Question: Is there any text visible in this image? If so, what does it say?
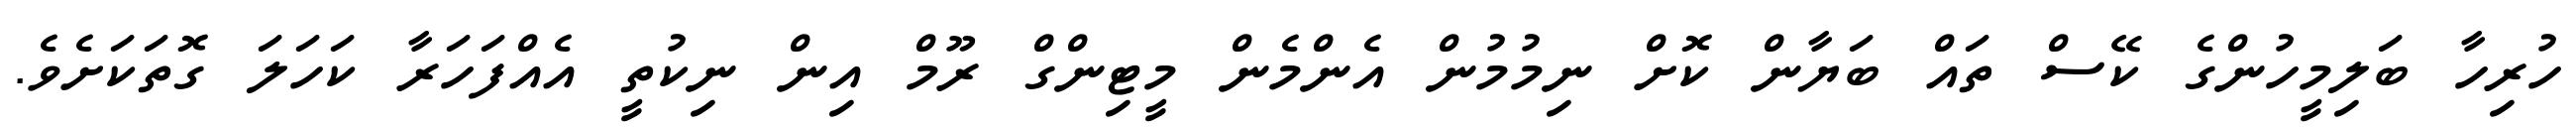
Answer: ހުރިހާ ބަލިމީހުންގެ ކޭސް ތައް ބަޔާން ކޮށް ނިމުމުން އެންމެން މީޓިންގް ރޫމް އިން ނިކުތީ އެއްފަހަރާ ކަހަލަ ގޮތަކަށެވެ.